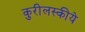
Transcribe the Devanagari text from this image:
कुरीलस्कीये